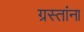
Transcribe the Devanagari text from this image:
ग्रस्तांना